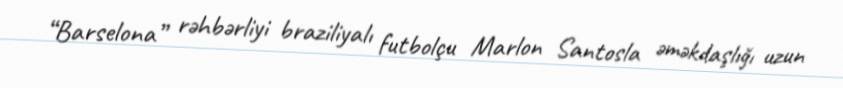
“Barselona” rəhbərliyi braziliyalı futbolçu Marlon Santosla əməkdaşlığı uzun